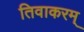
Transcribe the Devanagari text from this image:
तिवाकरम्